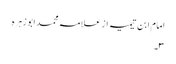
امام ابن تیمیہ از علامہ محمد ابو زہرہ
٣۔